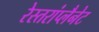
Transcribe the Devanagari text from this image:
रेस्तरांप्लैनेट